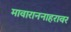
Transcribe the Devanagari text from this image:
मावाराननाहरावर